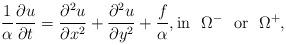
LaTeX: \begin{align*}\frac{1}{\alpha} \frac{\partial u}{ \partial t}=\frac{\partial^2 u }{\partial x^2} + \frac{\partial^2 u }{\partial y^2}+\frac{f}{\alpha}, \mbox{in}~~ \Omega^- ~~\mbox{or}~~ \Omega^+,\end{align*}